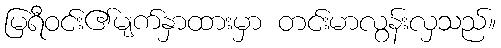
မြရီဝင်း၏မျက်နှာထားမှာ တင်းမာလွန်းလှသည်။